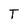
Character: T